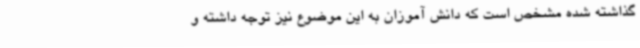
گذاشته شده مشخص است که دانش آموزان به این موضوع نیز توجه داشته و